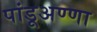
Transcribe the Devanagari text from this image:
पांडूअण्णा